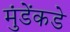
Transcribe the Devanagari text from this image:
मुंडेंकडे